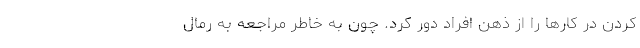
کردن در کارها را از ذهن افراد دور کرد. چون به خاطر مراجعه به رمال